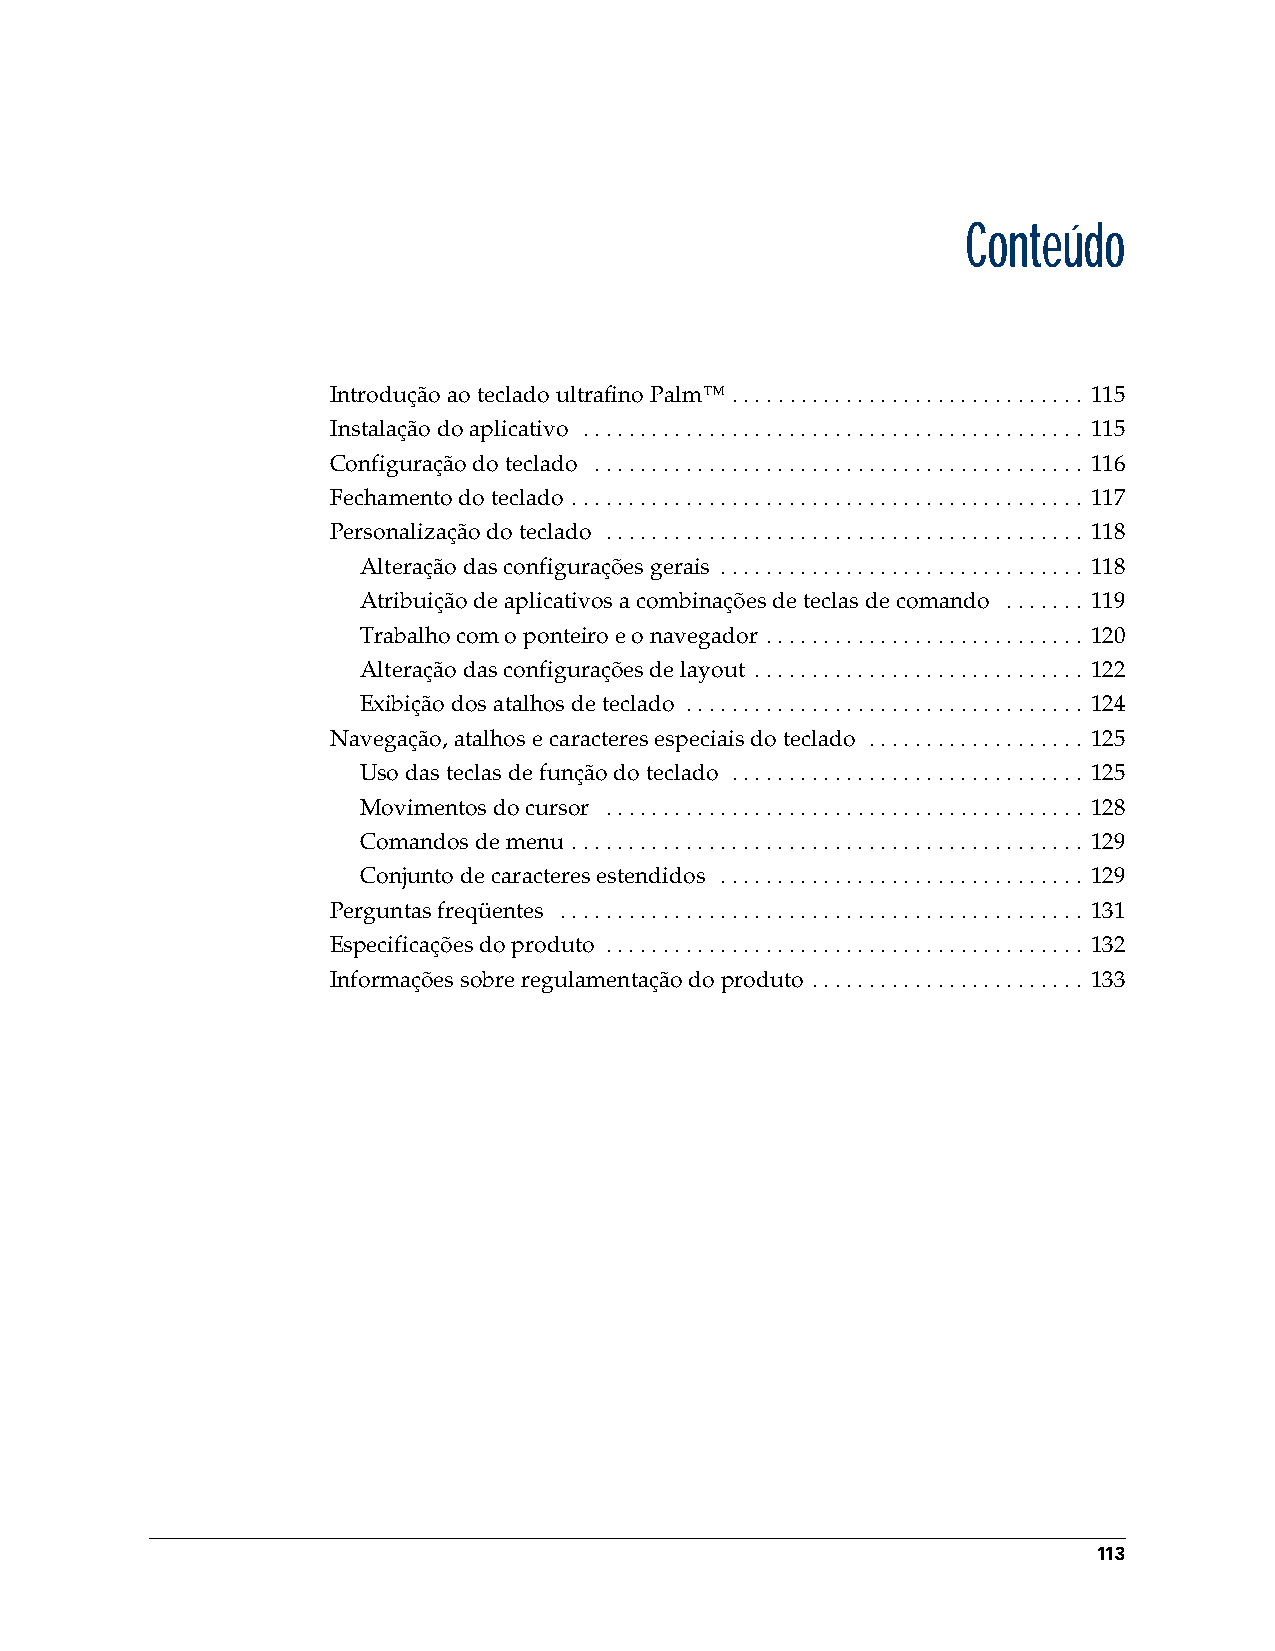
CCoonntteeúúddoo
 Introdução ao teclado ultrafino Palm™ . . . . . . . . . . . . . . . . . . . . . . . . . . . . . . . 115
 Instalação do aplicativo . . . . . . . . . . . . . . . . . . . . . . . . . . . . . . . . . . . . . . . . . . . . 115
 Configuração do teclado . . . . . . . . . . . . . . . . . . . . . . . . . . . . . . . . . . . . . . . . . . . 116
 Fechamento do teclado . . . . . . . . . . . . . . . . . . . . . . . . . . . . . . . . . . . . . . . . . . . . . 117
 Personalização do teclado . . . . . . . . . . . . . . . . . . . . . . . . . . . . . . . . . . . . . . . . . . 118
 Alteração das configurações gerais . . . . . . . . . . . . . . . . . . . . . . . . . . . . . . . . 118
 Atribuição de aplicativos a combinações de teclas de comando . . . . . . . 119
 Trabalho com o ponteiro e o navegador . . . . . . . . . . . . . . . . . . . . . . . . . . . . 120
 Alteração das configurações de layout . . . . . . . . . . . . . . . . . . . . . . . . . . . . . 122
 Exibição dos atalhos de teclado . . . . . . . . . . . . . . . . . . . . . . . . . . . . . . . . . . . 124
 Navegação, atalhos e caracteres especiais do teclado . . . . . . . . . . . . . . . . . . . 125
 Uso das teclas de função do teclado . . . . . . . . . . . . . . . . . . . . . . . . . . . . . . . 125
 Movimentos do cursor . . . . . . . . . . . . . . . . . . . . . . . . . . . . . . . . . . . . . . . . . . 128
 Comandos de menu . . . . . . . . . . . . . . . . . . . . . . . . . . . . . . . . . . . . . . . . . . . . . 129
 Conjunto de caracteres estendidos . . . . . . . . . . . . . . . . . . . . . . . . . . . . . . . . 129
 Perguntas freqüentes . . . . . . . . . . . . . . . . . . . . . . . . . . . . . . . . . . . . . . . . . . . . . . 131
 Especificações do produto . . . . . . . . . . . . . . . . . . . . . . . . . . . . . . . . . . . . . . . . . . 132
 Informações sobre regulamentação do produto . . . . . . . . . . . . . . . . . . . . . . . . 133
 113